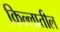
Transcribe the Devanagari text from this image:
किल्लातील